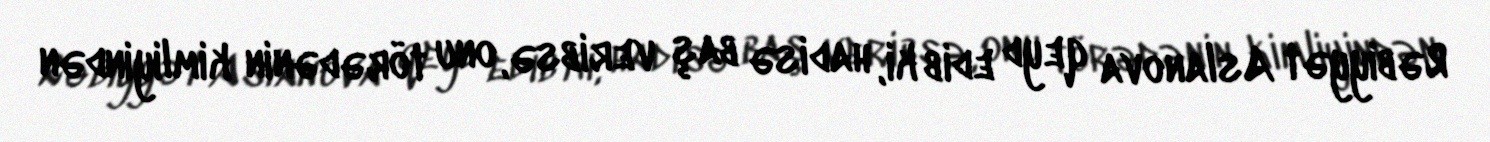
Rəbiyyət Aslanova qeyd edib ki, hadisə baş veribsə, onu törədənin kimliyindən